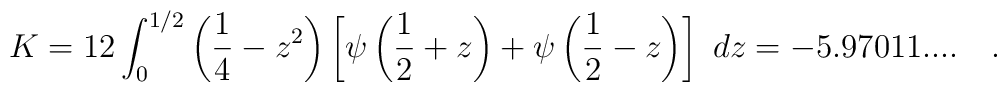
K=12 \int_{0}^{1/2} \left({1 \over 4} - z^2\right)\left[\psi\left({1 \over 2} + z\right)+\psi\left({1 \over 2} - z\right)\right]~dz= - 5.97011....~~~.